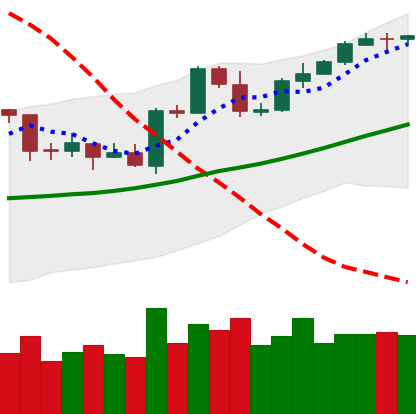
Ticker: ETH-USD
Chart end date: 2020-04-28
Forward return: 6.309%
Label: up_5_7